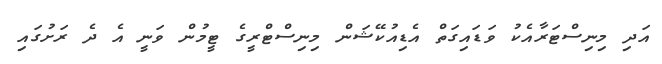
އަދި މިނިސްޓަރާއެކު ވަޑައިގަތް އެޑިއުކޭޝަން މިނިސްޓްރީގެ ޓީމުން ވަނީ އެ ދެ ރަށުގައި